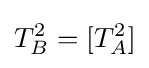
T_{B}^{2}=[T_{A}^{2}]